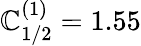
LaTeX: {\mathbb{C}_{1/2}^{(1)}=1.55}